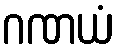
ဂဏယံ